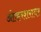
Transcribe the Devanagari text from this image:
ओव्हरशरावर